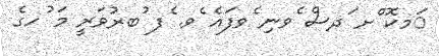
ަމކޮ ްށ ަދސް ެވނި ެވފައެ ެވ. ެފ ުބރުވަރީ މަ ުހގެ